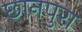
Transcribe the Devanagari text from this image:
छानपुरा